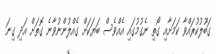
ގަބޫލުކުރައްވާ ކަމަށާއި ގޯތި ނެގުމުގައި އެއްވެސް ބަޔަކަށް ގެއްލުންނުވާނެ ގޮތަށް އަދި ގިނަ